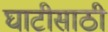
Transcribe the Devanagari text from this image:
घाटीसाठी